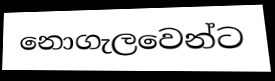
නොගැලවෙන්ට